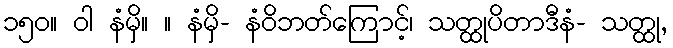
၁၅၀။ ဝါ နံမှိ။ ။ နံမှိ- နံဝိဘတ်ကြောင့်၊ သတ္ထုပိတာဒီနံ- သတ္ထု,